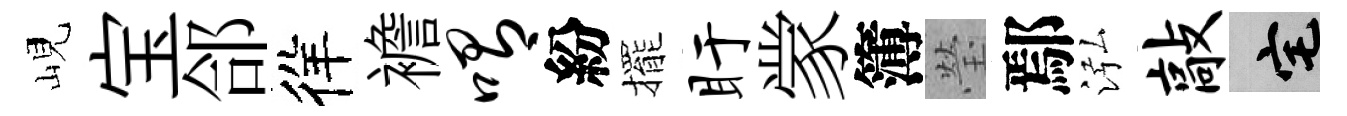
峴宝郃徉襜喟紛擺盱䝉簿瑩鄢泓敲宅